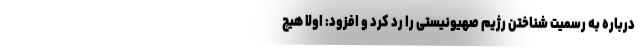
درباره به رسمیت شناختن رژیم صهیونیستی را رد کرد و افزود: اولا هیچ